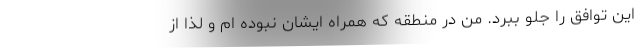
این توافق را جلو ببرد. من در منطقه که همراه ایشان نبوده ام و لذا از